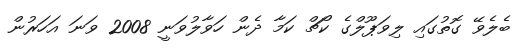
ބެލެވޭ ގޮތުގައި ލިވަޕޫލްގެ ކޯޗް ކަމާ ދެން ހަވާލުވަނީ 2008 ވަނަ އަހަރުން